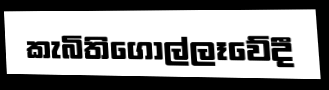
කැබිතිගොල්ලෑවේදී